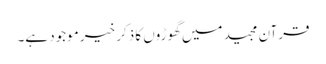
قرآن مجید میں گھوڑوں کا ذکر خیر موجود ہے۔